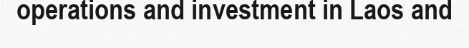
operations and investment in Laos and